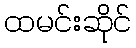
ထမင်းဆိုင်